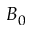
B _ { 0 }